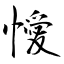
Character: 懓